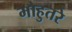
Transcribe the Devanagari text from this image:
मोहुतरे